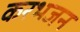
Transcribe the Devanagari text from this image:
करभजन